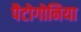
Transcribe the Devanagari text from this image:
पैटोगोनिया